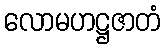
လောမဟဋ္ဌဇာတံ